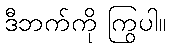
ဒီဘက်ကို ကြွပါ။